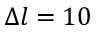
\Delta l = 1 0